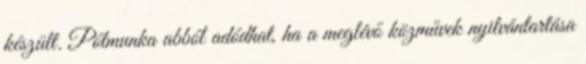
készült. Pótmunka abból adódhat, ha a meglévő közművek nyilvántartása